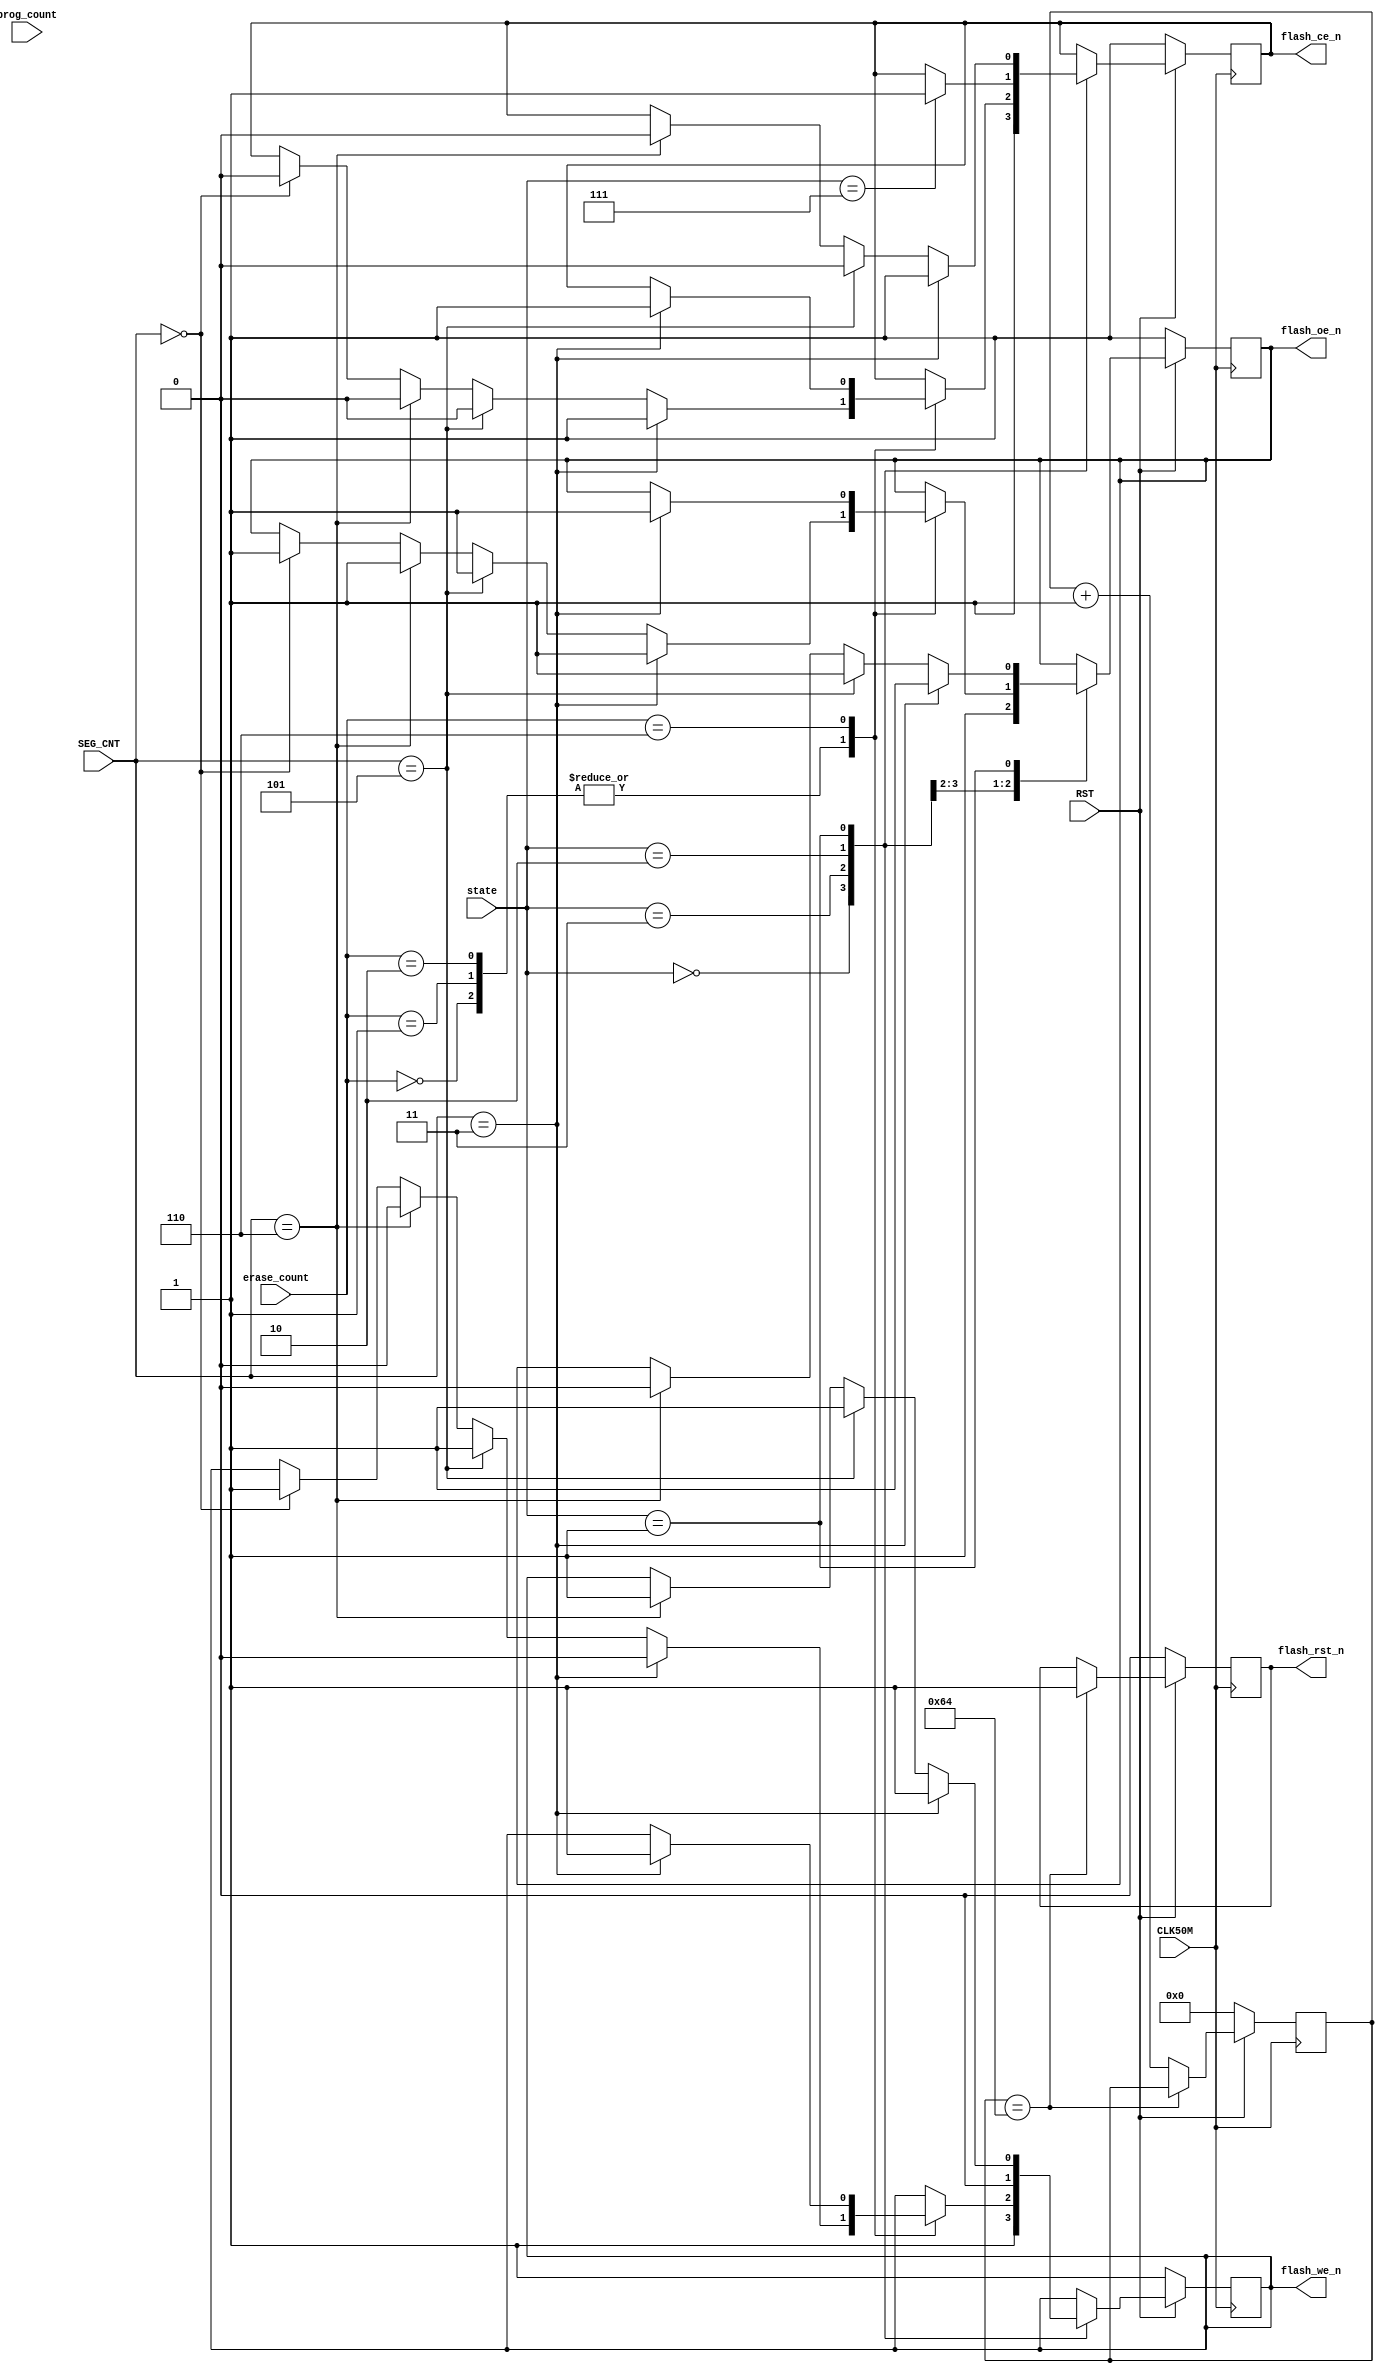
`timescale 1ns / 1ps
//////////////////////////////////////////////////////////////////////////////////
// Company: 
// Engineer: 
// 
// Design Name: 
// Module Name:    flash_interface 
// Project Name: 
// Target Devices: 
// Tool versions: 
// Description: 
//
// Dependencies: 
//
// Revision: 
// Revision 0.01 - File Created
// Additional Comments: 
//
//////////////////////////////////////////////////////////////////////////////////
module flash_interface
	(
	CLK50M,
	RST,
	SEG_CNT,
	state,
	erase_count,
	prog_count,
	flash_ce_n,
	flash_oe_n,
	flash_we_n,
	flash_rst_n
	);
	
input 						CLK50M		;
input							RST			;
input				[2:0]		state			;
input				[2:0]		SEG_CNT		;
input				[2:0]		erase_count	;
input				[2:0]		prog_count	;
output reg 					flash_ce_n	;
output reg					flash_oe_n	;
output reg 					flash_we_n	;
output reg					flash_rst_n	;
	
parameter
		idle				=				0				,
		read				=				1				,
		prog				=				2				,
		erase				=				3				,
		stop				=				4				;
		
reg		[6:0]					cnt_con				;	
//-------------FLASHlocked-----------------------
always @ ( posedge CLK50M )
begin
	if(!RST)
		begin
			flash_rst_n			<=		0				;
			cnt_con				<=		0				;
		end		
	else	if(cnt_con==100)
		begin		
			flash_rst_n			<=		1				;
			cnt_con				<=		cnt_con		;
		end	
	else
		begin
			flash_rst_n			<=		flash_rst_n	;
			cnt_con				<=		cnt_con+1	;
		end
end	

//---------------------------------------------------
always @ ( posedge CLK50M )
begin
	if(!RST)
		begin
			flash_ce_n			<=		1				;
			flash_oe_n			<=		1				;
			flash_we_n			<=		1				;
		end
	else
	case(state)
		idle:
			begin
				flash_ce_n			<=		1				;
				flash_oe_n			<=		1				;
				flash_we_n			<=		1				;
			end
		erase:
			begin
				case(erase_count)
					3'd0:
						begin
							if(SEG_CNT==3)
								begin
									flash_ce_n		<=		1				;
									flash_oe_n		<=		1				;
									flash_we_n		<=		0				;
								end
							else	if(SEG_CNT==5)
								begin
									flash_ce_n		<=		0				;
									flash_oe_n		<=		1				;
									flash_we_n		<=		1				;
								end
							else	if(SEG_CNT==6)
								begin
									flash_ce_n		<=		0				;
									flash_oe_n		<=		1				;
									flash_we_n		<=		0				;
								end
							else	if(SEG_CNT==0)
								begin
									flash_ce_n		<=		0				;
									flash_oe_n		<=		1				;
									flash_we_n		<=		1				;
								end
						end
					3'd1:
						begin
							if(SEG_CNT==3)
								begin
									flash_ce_n		<=		1				;
									flash_oe_n		<=		1				;
									flash_we_n		<=		0				;
								end
							else	if(SEG_CNT==5)
								begin
									flash_ce_n		<=		0				;
									flash_oe_n		<=		1				;
									flash_we_n		<=		1				;
								end
							else	if(SEG_CNT==6)
								begin
									flash_ce_n		<=		0				;
									flash_oe_n		<=		1				;
									flash_we_n		<=		0				;
								end
							else	if(SEG_CNT==0)
								begin
									flash_ce_n		<=		0				;
									flash_oe_n		<=		1				;
									flash_we_n		<=		1				;
								end
						end
					3'd2:
						begin
							if(SEG_CNT==3)
								begin
									flash_ce_n		<=		1				;
									flash_oe_n		<=		1				;
									flash_we_n		<=		0				;
								end
							else	if(SEG_CNT==5)
								begin
									flash_ce_n		<=		0				;
									flash_oe_n		<=		1				;
									flash_we_n		<=		1				;
								end
							else	if(SEG_CNT==6)
								begin
									flash_ce_n		<=		0				;
									flash_oe_n		<=		1				;
									flash_we_n		<=		0				;
								end
							else	if(SEG_CNT==0)
								begin
									flash_ce_n		<=		0				;
									flash_oe_n		<=		1				;
									flash_we_n		<=		1				;
								end
						end
					3'd6:
						begin
							if(SEG_CNT==3)
								begin
									flash_ce_n		<=		1				;
									flash_oe_n		<=		1				;
									flash_we_n		<=		1				;
								end
						end
				endcase
			end
		prog:
			begin
				case(state)
					3'd0:
						begin
							flash_ce_n<=1;
							flash_oe_n<=1;
							flash_we_n<=1;
						end
					3'd1:
						begin
							flash_ce_n<=0;	
						end
					3'd2:
						begin
							flash_we_n<=0;
						end
					3'd6:
						begin
							flash_we_n<=1;
						end
					3'd7:
						begin
							flash_ce_n<=1;
						end
				endcase
			end
		read:
			begin
				if(SEG_CNT==3)
					begin
						flash_ce_n		<=		1				;
						flash_oe_n		<=		1				;
						flash_we_n		<=		1				;
					end
				else	if(SEG_CNT==5)
					begin
						flash_ce_n		<=		0				;
						flash_oe_n		<=		1				;
						flash_we_n		<=		1				;
					end
				else	if(SEG_CNT==6)
					begin
						flash_ce_n		<=		0				;
						flash_oe_n		<=		0				;
						flash_we_n		<=		1				;
					end
			end
	endcase
end				
endmodule